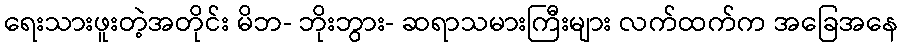
ရေးသားဖူးတဲ့အတိုင်း မိဘ- ဘိုးဘွား- ဆရာသမားကြီးများ လက်ထက်က အခြေအနေ